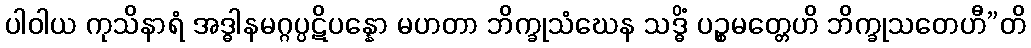
ပါဝါယ ကုသိနာရံ အဒ္ဓါနမဂ္ဂပ္ပဋိပန္နော မဟတာ ဘိက္ခုသံဃေန သဒ္ဓိံ ပဉ္စမတ္တေဟိ ဘိက္ခုသတေဟီ”တိ